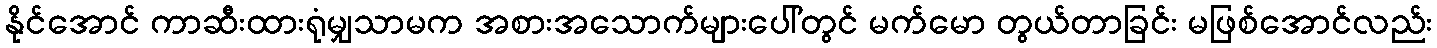
နိုင်အောင် ကာဆီးထားရုံမျှသာမက အစားအသောက်များပေါ်တွင် မက်မော တွယ်တာခြင်း မဖြစ်အောင်လည်း